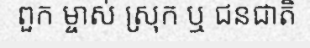
ពួក ម្ចាស់ ស្រុក ឬ ជនជាតិ